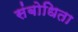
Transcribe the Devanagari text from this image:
संबोधिता